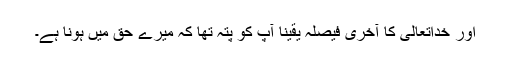
اور خداتعالیٰ کا آخری فیصلہ یقینا آپؐ کو پتہ تھا کہ میرے حق میں ہونا ہے۔